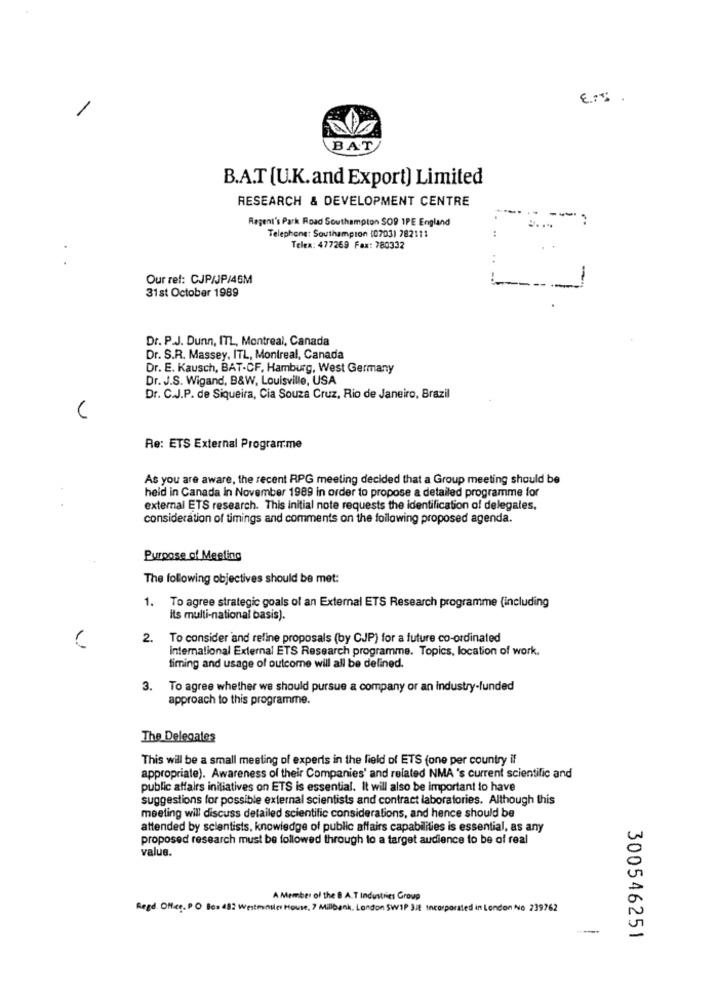
BAT
B.A.T [U.K.and Export) Limited
RESEARCH & DEVELOPMENT CENTRE
Regent's Park Road Southampton SO9 1PE England
---
Telephone: Southampton (0703) 782111
Teles: 477269 Fax: 780332
Our ref: CJP/JP/45M
31st October 1989
Dr. P.J. Dunn, ITL, Montreal, Canada
Dr. S.R. Massey, ITL, Montreal, Canada
Dr. E. Kausch, BAT-CF, Hamburg, West Germany
Dr. J.S. Wigand, B&W, Louisville, USA
Dr. C.J.P. de Siqueira, Cia Souza Cruz, Rio de Janeiro, Brazil
Re: ETS External Programme
As you are aware, the recent RPG meeting decided that a Group meeting should be
held in Canada In November 1989 in order to propose a detailed programme for
external ETS research. This initial note requests the identification of delegales,
consideration of timings and comments on the following proposed agenda.
Purpose of Meeting
The following objectives should be met:
1. To agree strategic goals of an External ETS Research programme (including
its multi-national basis).
2.
To consider and refine proposals (by CJP) for a future co-ordinated
International External ETS Research programme. Topics, location of work.
timing and usage of outcome will all be defined.
3. To agree whether we should pursue a company or an industry-funded
approach to this programme.
The Delegates
This will be a small meeting of experts in the field of ETS (one per country il
appropriate). Awareness of their Companies' and related NMA 's current scientific and
public affairs initiatives on ETS is essential. It will also be important to have
suggestions for possible external scientists and contract laboratories. Although this
meeting will discuss detailed scientific considerations, and hence should be
attended by scientists, knowledge of public affairs capabilities is essential, as any
proposed research must be followed through to a target audience to be of real
value.
A Member of the B A.T Industries Group
Regd. Office. PO Bes 482 Westmonster House, 7 Millbank, London SW1P 3JE Incorporated in London No 239762
---
300546251